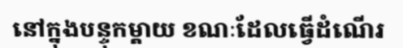
នៅក្នុងបន្ទុកម្តាយ ខណៈដែលធ្វើដំណើរ